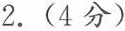
2.(4分)